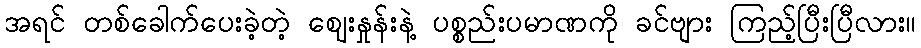
အရင် တစ်ခေါက်ပေးခဲ့တဲ့ ဈေးနှုန်းနဲ့ ပစ္စည်းပမာဏကို ခင်ဗျား ကြည့်ပြီးပြီလား။